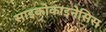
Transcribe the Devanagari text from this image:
साइकोकाइनेसिस